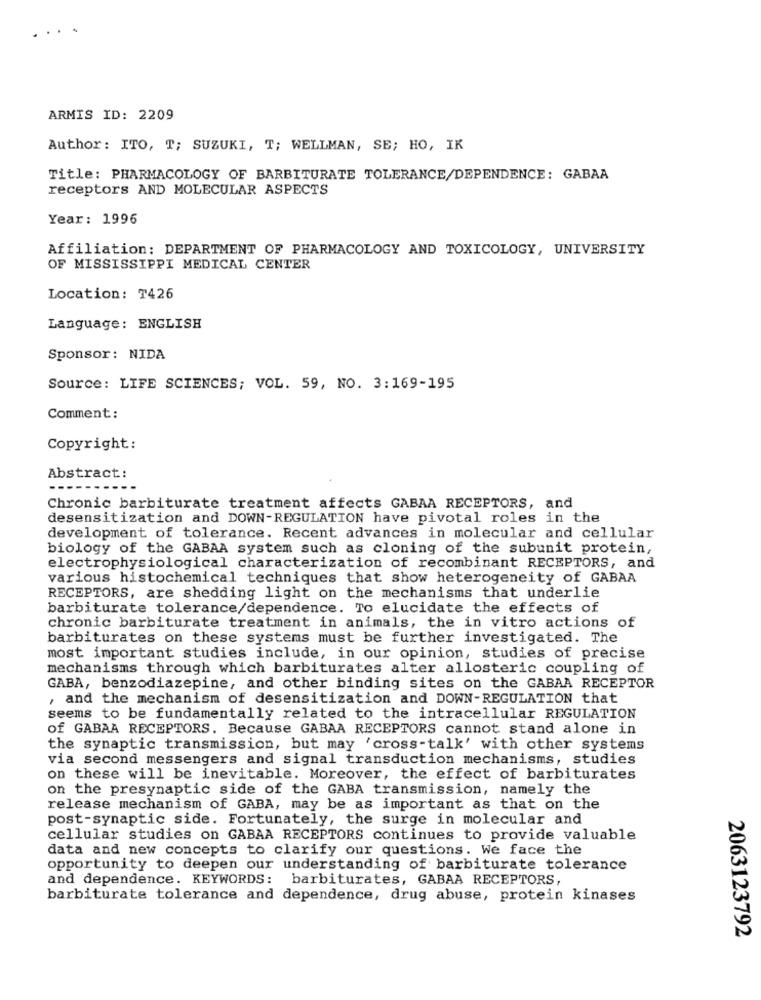
ARMIS ID: 2209
Author: ITO, T; SUZUKI, T; WELLMAN, SE; HO, IK
Title: PHARMACOLOGY OF BARBITURATE TOLERANCE/DEPENDENCE: GABAA
receptors AND MOLECULAR ASPECTS
Year: 1996
Affiliation: DEPARTMENT OF PHARMACOLOGY AND TOXICOLOGY, UNIVERSITY
OF MISSISSIPPI MEDICAL CENTER
Location: T426
Language: ENGLISH
Sponsor: NIDA
Source: LIFE SCIENCES; VOL. 59, NO. 3:169-195
Comment:
Copyright:
Abstract:
--------
Chronic barbiturate treatment affects GABAA RECEPTORS, and
desensitization and DOWN-REGULATION have pivotal roles in the
development of tolerance. Recent advances in molecular and cellular
biology of the GABAA system such as cloning of the subunit protein,
electrophysiological characterization of recombinant RECEPTORS, and
various histochemical techniques that show heterogeneity of GABAA
RECEPTORS, are shedding light on the mechanisms that underlie
barbiturate tolerance/dependence. To elucidate the effects of
chronic barbiturate treatment in animals, the in vitro actions of
barbiturates on these systems must be further investigated. The
most important studies include, in our opinion, studies of precise
mechanisms through which barbiturates alter allosteric coupling of
GABA, benzodiazepine, and other binding sites on the GABAA RECEPTOR
, and the mechanism of desensitization and DOWN-REGULATION that
seems to be fundamentally related to the intracellular REGULATION
of GABAA RECEPTORS. Because GABAA RECEPTORS cannot stand alone in
the synaptic transmission, but may 'cross-talk' with other systems
via second messengers and signal transduction mechanisms, studies
on these will be inevitable. Moreover, the effect of barbiturates
on the presynaptic side of the GABA transmission, namely the
release mechanism of GABA, may be as important as that on the
post-synaptic side. Fortunately, the surge in molecular and
cellular studies on GABAA RECEPTORS continues to provide valuable
data and new concepts to clarify our questions. We face the
opportunity to deepen our understanding of barbiturate tolerance
and dependence. KEYWORDS: barbiturates, GABAA RECEPTORS,
barbiturate tolerance and dependence, drug abuse, protein kinases
2063123792